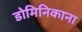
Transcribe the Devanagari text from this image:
डोमिनिकाना